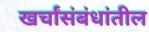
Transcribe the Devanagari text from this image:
खर्चांसंबंधांतील